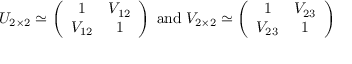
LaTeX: U _ { 2 \times 2 } \simeq \left( \begin{array} { c c } { { 1 } } & { { V _ { 1 2 } } } \\ { { V _ { 1 2 } } } & { { 1 } } \end{array} \right) \; \mathrm { a n d } \; V _ { 2 \times 2 } \simeq \left( \begin{array} { c c } { { 1 } } & { { V _ { 2 3 } } } \\ { { V _ { 2 3 } } } & { { 1 } } \end{array} \right)